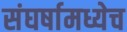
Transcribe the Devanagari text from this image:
संघर्षामध्येच